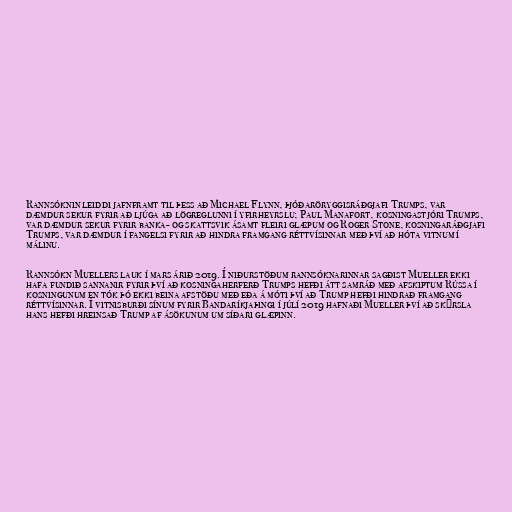
Rannsóknin leiddi jafnframt til þess að Michael Flynn, þjóðaröryggisráðgjafi Trumps, var
dæmdur sekur fyrir að ljúga að lögreglunni í yfirheyrslu; Paul Manafort, kosningastjóri Trumps,
var dæmdur sekur fyrir banka- og skattsvik ásamt fleiri glæpum og Roger Stone, kosningaráðgjafi
Trumps, var dæmdur í fangelsi fyrir að hindra framgang réttvísinnar með því að hóta vitnum í
málinu.

Rannsókn Muellers lauk í mars árið 2019. Í niðurstöðum rannsóknarinnar sagðist Mueller ekki
hafa fundið sannanir fyrir því að kosningaherferð Trumps hefði átt samráð með afskiptum Rússa í
kosningunum en tók þó ekki beina afstöðu með eða á móti því að Trump hefði hindrað framgang
réttvísinnar. Í vitnisburði sínum fyrir Bandaríkjaþingi í júlí 2019 hafnaði Mueller því að skýrsla
hans hefði hreinsað Trump af ásökunum um síðari glæpinn.